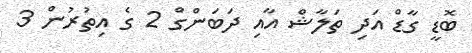
ބޮޑީ ގާޑް އަދި ތަލާޝް އާއި ދަބަންގް 2 ގެ އިތުރުން 3